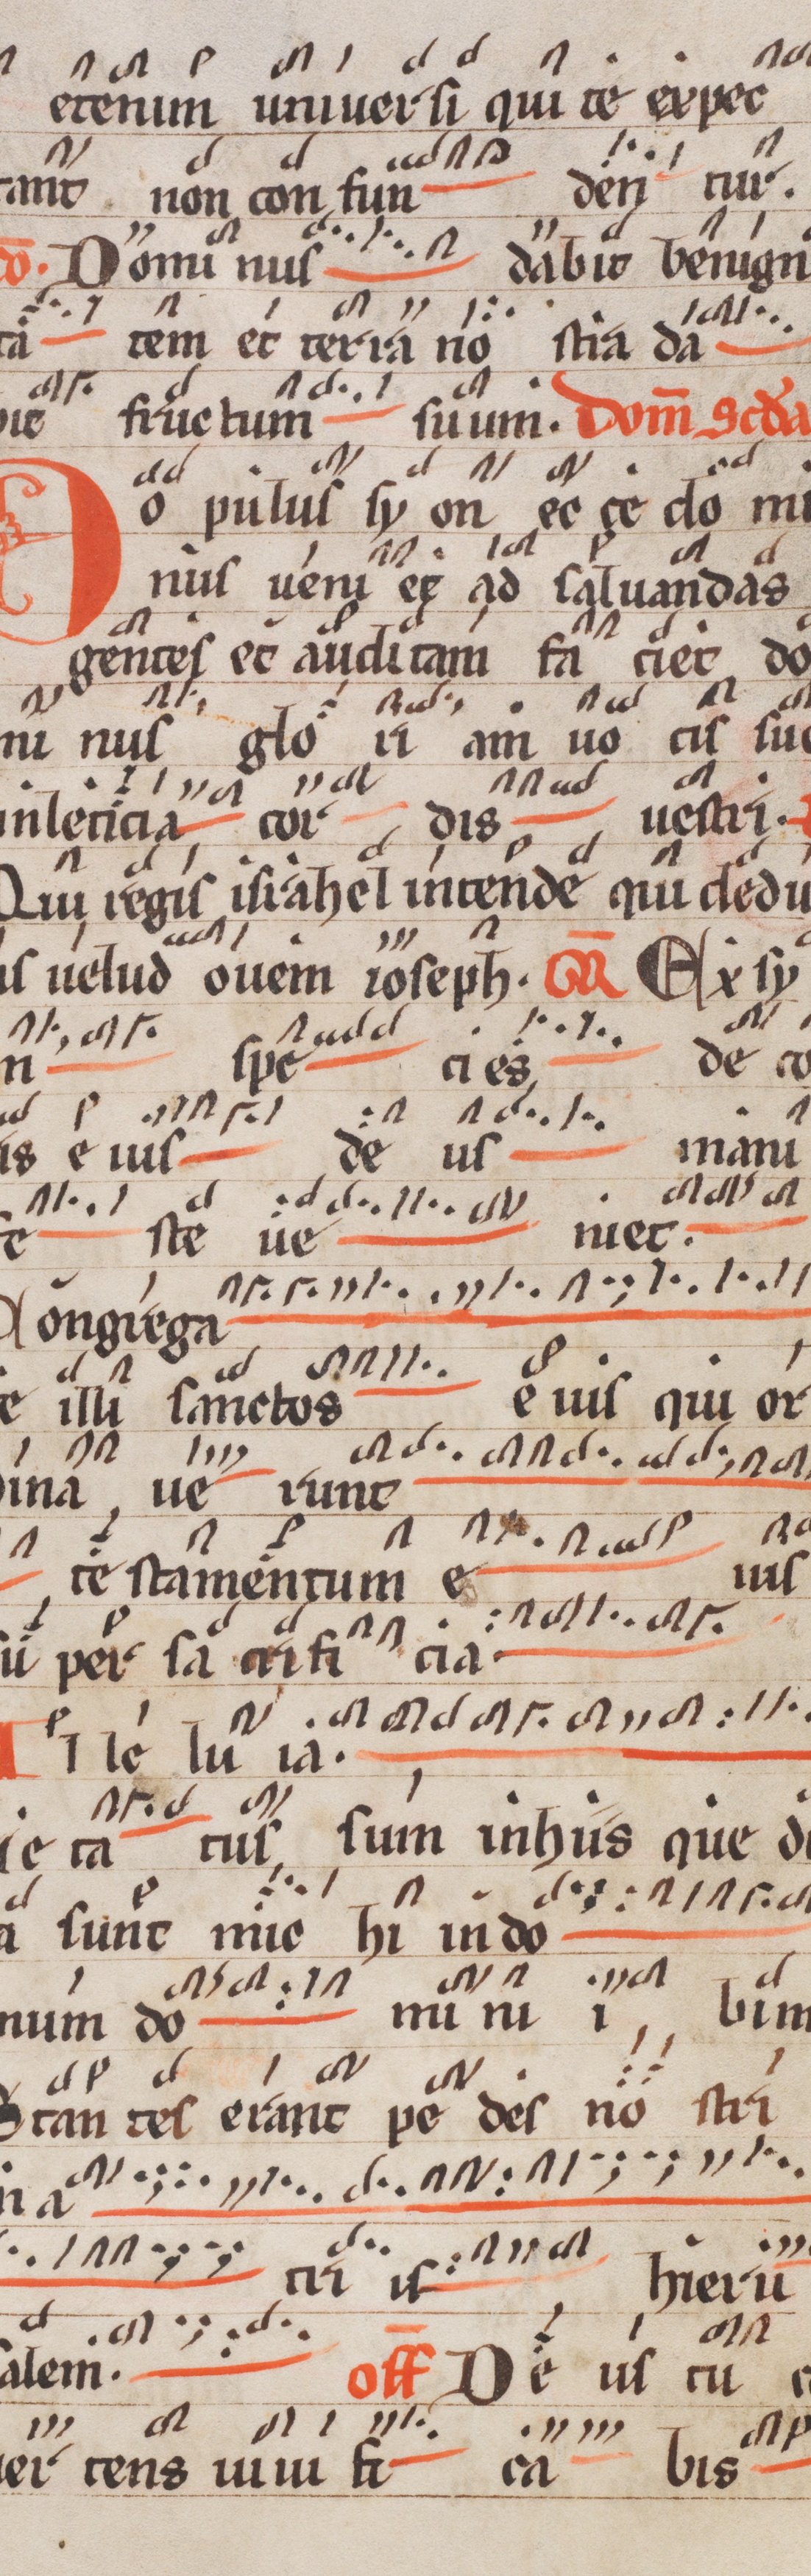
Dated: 1250–1299